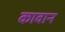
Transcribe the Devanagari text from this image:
कावान